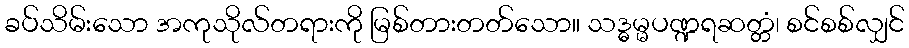
ခပ်သိမ်းသော အကုသိုလ်တရားကို မြစ်တားတတ်သော။ သဒ္ဓမ္မပဏ္ဍရဆတ္တံ၊ စင်စစ်လျှင်